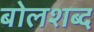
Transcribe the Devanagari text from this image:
बोलशब्द